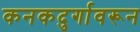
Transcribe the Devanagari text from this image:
कनकदुर्गावरून